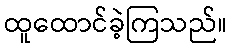
ထူထောင်ခဲ့ကြသည်။